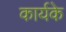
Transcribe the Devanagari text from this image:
कार्यके